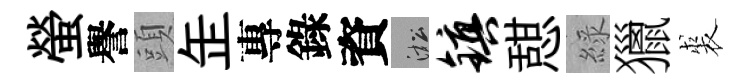
螢譽頭𦈢專錄資淞镇憇綠獵裘